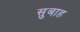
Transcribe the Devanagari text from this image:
सुबाह